Document type: Grant
Year: 1403
Scribe: Berenguer Pedrosell
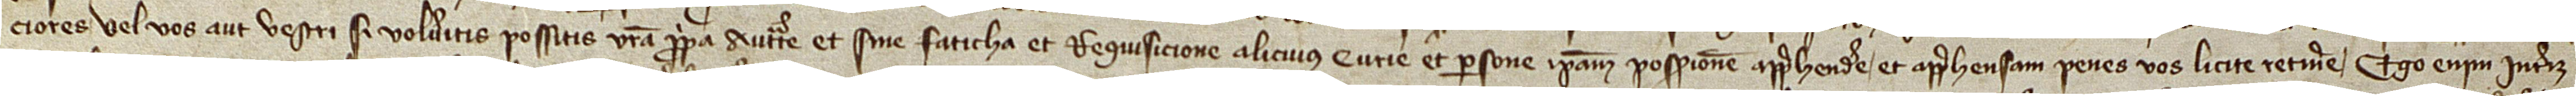
ciores vel vos aut vestri si volueritis possitis vestra propria auctoritate et sine faticha et requisicione alicuius curie et persone ipsam possessionem apprehendere et apprehensam penes vos licite retinere. Ego enim interim